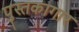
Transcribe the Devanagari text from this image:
पुस्तकागार